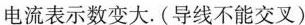
电流表示数变大.(导线不能交叉)